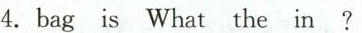
4.bag is What the in?